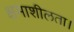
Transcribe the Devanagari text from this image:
क्षमाशीलता।